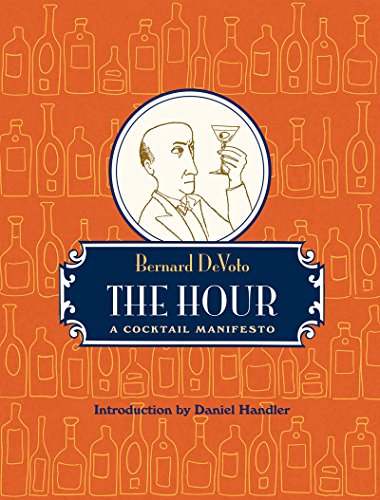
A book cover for The Hour: A Cocktail Manifesto; Bernard DeVoto; Humor & Entertainment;